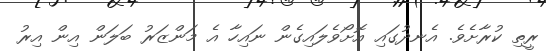
ރީތި ކުރާށެވެ. އެނދުގައި އޮށޯވެލައިގެން ނައިހާ އެ މަންޒަރު ބަލަން އިން އިރު